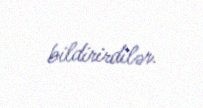
bildirirdilər.